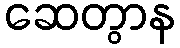
ဆေတွာန